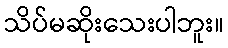
သိပ်မဆိုးသေးပါဘူး။